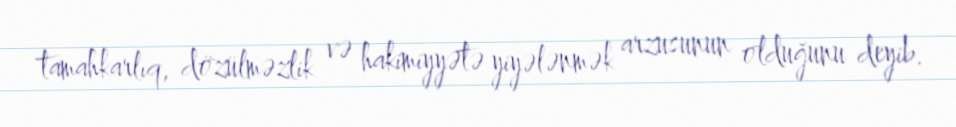
tamahkarlıq, dözülməzlik və hakimiyyətə yiyələnmək arzusunun olduğunu deyib.